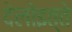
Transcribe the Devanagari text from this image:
देलोइत्ते